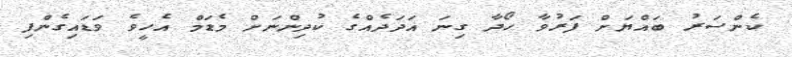
ކެންސަރު ބައްޔަށް ފަރުވާ ހޯދާ ގިނަ އަދަދެއްގެ ކުދިންނަށް މެޑަމް އެހީވެ ވަޑައިގެންފި